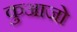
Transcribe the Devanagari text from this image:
कुआजो